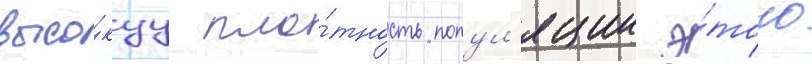
высо́куу пло́тность попул'яции э́того